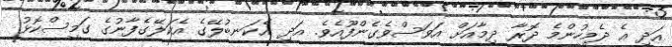
އަދި އެ ދެމީހުންމެ ދޮރާ ދިމާއަށް އަވަސްވެގެންފޫއެވެ. އަދި އެކަނބުލޭގެ އެކަލޭގެފާނުގެ ގަމީސްކޮޅު